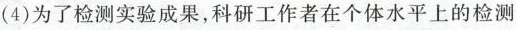
(4)为了检测实验成果，科研工作者在个体水平上的检测